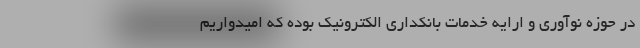
در حوزه نوآوری و ارایه خدمات بانکداری الکترونیک بوده که امیدواریم